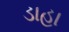
ડાહા